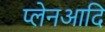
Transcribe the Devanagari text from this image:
प्लेनआदि